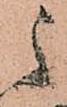
之